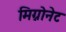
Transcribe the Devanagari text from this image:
मिग्नोनेट